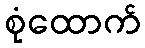
စုံထောက်